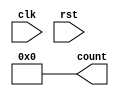
// design: describes the behaviour of system
// behavioural modelling
module asyncup(output reg [3:0] count, input clk, rst);
  always @(rst)
    count=0;
  always@(negedge clk)
    count[0]=~count[0];
  always@(negedge count[0])
    count[1]=~count[1];
  always@(negedge count[1])
    count[2]=~count[2];
  always@(negedge count[2])
    count[3]=~count[3];
endmodule

// testbench: to check if the design codes are correct

module asyncup_tb();
  
  reg clk, rst;
  wire [3:0] count;
  
  asyncup m1(count, clk, rst);

 initial begin

	$dumpfile("dump.vcd");
    
    $dumpvars(1);

	clk=0;
    rst=1;
   #20 rst=0;
   #200 $stop;

 end
  always #5 clk=~clk;
endmodule